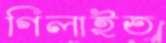
গিলাইত